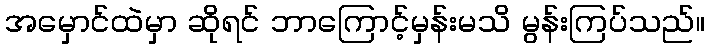
အမှောင်ထဲမှာ ဆိုရင် ဘာကြောင့်မှန်းမသိ မွန်းကြပ်သည်။